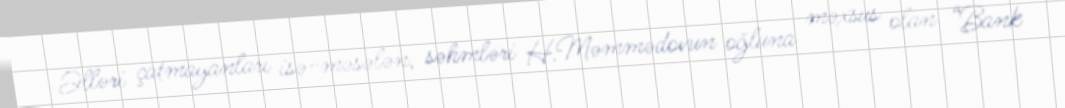
Əlləri çatmayanları isə-məsələn, səhmləri H.Məmmədovun oğluna məxsus olan “Bank